King Institute of Preventive Medicine Micro-Biological Section reports 1912-19
Year: 1912
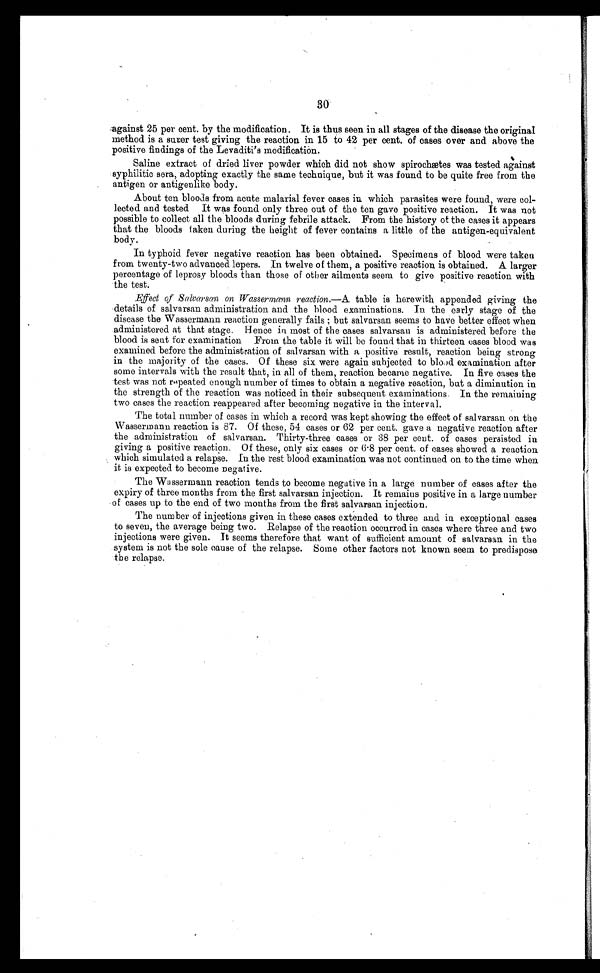
30
against 25 per cent. by the modification. It is thus seen in all stages of the disease the original
method is a surer test giving the reaction in 15 to 42 per cent. of cases over and above the
positive findings of the Levaditi's modification.
Saline extract of dried liver powder which did not show spirochætes was tested against
syphilitic sera, adopting exactly the same technique, but it was found to be quite free from the
antigen or antigenlike body.
About ten bloods from acute malarial fever cases in which parasites were found, were col-
lected and tested It was found only three out of the ten gave positive reaction. It was not
possible to collect all the bloods during febrile attack. From the history of the cases it appears
that the bloods taken during the height of fever contains a little of the antigen-equivalent
body.
In typhoid fever negative reaction has been obtained. Specimens of blood were taken
from twenty-two advanced lepers. In twelve of them, a positive reaction is obtained. A larger
percentage of leprosy bloods than those of other ailments seem to give positive reaction with
the test.
Effect of Salvarsan on Wassermann reaction.— A table is herewith appended giving the
details of salvarsan administration and the blood examinations. In the early stage of the
disease the Wassermann reaction generally fails ; but salvarsan seems to have better effect when
administered at that stage. Hence in most of the cases salvarsan is administered before the
blood is sent for examination From the table it will be found that in thirteen cases blood was
examined before the administration of salvarsan with a positive result, reaction being strong
in the majority of the cases. Of these six were again subjected to blood examination after
some intervals with the result that, in all of them, reaction became negative. In five cases the
test was not repeated enough number of times to obtain a negative reaction, but a diminution in
the strength of the reaction was noticed in their subsequent examinations. In the remaining
two cases the reaction reappeared after becoming negative in the interval.
The total number of cases in which a record was kept showing the effect of salvarsan on the
Wassermann reaction is 87. Of these, 54 cases or 62 per cent. gave a negative reaction after
the administration of salvarsan. Thirty-three cases or 38 per cent. of cases persisted in
giving a positive reaction. Of these, only six cases or 6.8 per cent. of cases showed a reaction
which simulated a relapse. In the rest blood examination was not continued on to the time when
it is expected to become negative.
The Wassermann reaction tends to become negative in a large number of cases after the
expiry of three months from the first salvarsan injection. It remains positive in a large number
of cases up to the end of two months from the first salvarsan injection.
The number of injections given in these cases extended to three and in exceptional cases
to seven, the average being two. Relapse of the reaction occurred in cases where three and two
injections were given. It seems therefore that want of sufficient amount of salvarsan in the
system is not the sole cause of the relapse. Some other factors not known seem to predispose
the relapse.